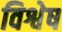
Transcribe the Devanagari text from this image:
विश्वेष